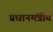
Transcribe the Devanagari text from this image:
प्रधानमंत्रीय